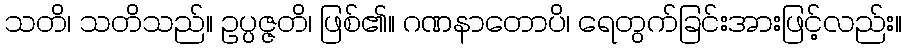
သတိ၊ သတိသည်။ ဥပ္ပဇ္ဇတိ၊ ဖြစ်၏။ ဂဏနာတောပိ၊ ရေတွက်ခြင်းအားဖြင့်လည်း။